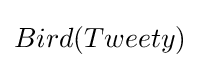
Bird(Tweety)